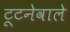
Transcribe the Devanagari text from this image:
टूटनेवाले